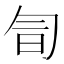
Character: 𠣚